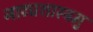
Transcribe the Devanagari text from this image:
नाट्यशास्त्रमु